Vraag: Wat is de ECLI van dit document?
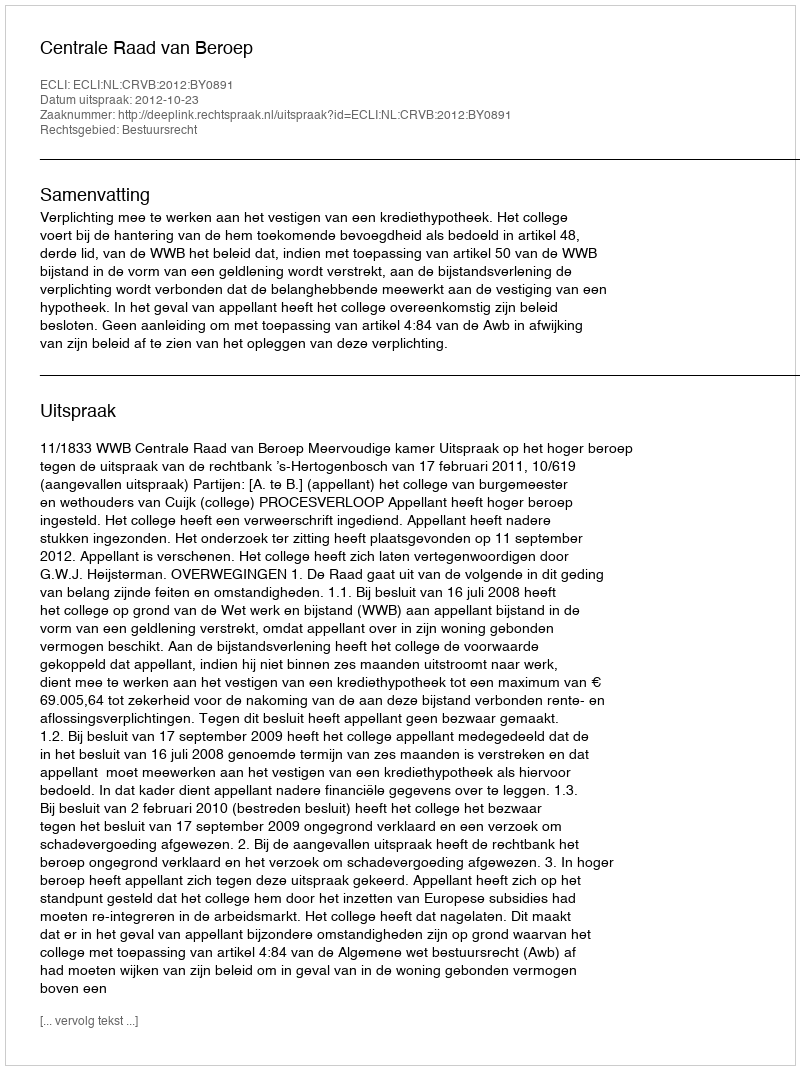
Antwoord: ECLI:NL:CRVB:2012:BY0891